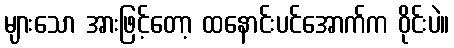
များသော အားဖြင့်တော့ ထနောင်းပင်အောက်က ဝိုင်းပဲ။